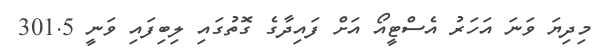
މިދިޔަ ވަނަ އަހަރު އެސްޓީއޯ އަށް ފައިދާގެ ގޮތުގައި ލިބިފައި ވަނީ 301.5